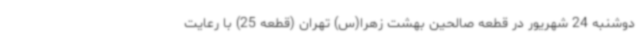
دوشنبه 24 شهریور در قطعه صالحین بهشت زهرا(س) تهران (قطعه 25) با رعایت